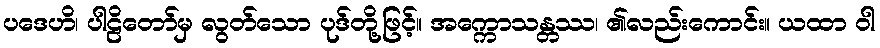
ပဒေဟိ၊ ပါဠိတော်မှ လွတ်သော ပုဒ်တို့ဖြင့်။ အက္ကောသန္တဿ၊ ၏လည်းကောင်း။ ယထာ ဝါ